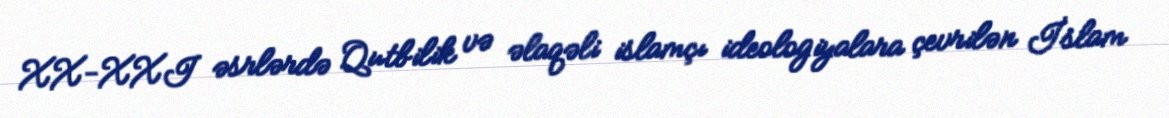
XX-XXI əsrlərdə Qutbilik və əlaqəli islamçı ideologiyalara çevrilən İslam